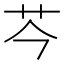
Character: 𫇧